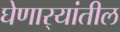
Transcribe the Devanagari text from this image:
घेणार्‍यांतील